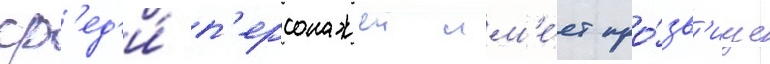
ср'ед'и́ п'ерсонажеи им'е́ет про́зв'ище